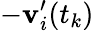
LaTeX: -\mathbf{v}_{i}^{\prime}(t_{k})